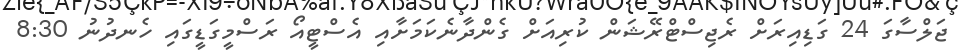
ޖަލްސާގަ 24 ގަޑިއިރަށް ރެޖިސްޓްރޭޝަން ކުރިއަށް ގެންދާނެކަމަށާއި އެސްޓީއޯ ރަސްމީގަޑީގައި ހެނދުނު 8:30